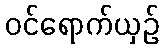
ဝင်ရောက်ယှဉ်